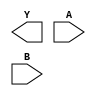
module sky130_fd_sc_hs__nor2 (
    Y,
    A,
    B
);

    output Y;
    input  A;
    input  B;

    // Voltage supply signals
    supply1 VPWR;
    supply0 VGND;

endmodule